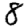
Digit: 8